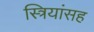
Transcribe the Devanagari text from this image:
स्त्रियांसह